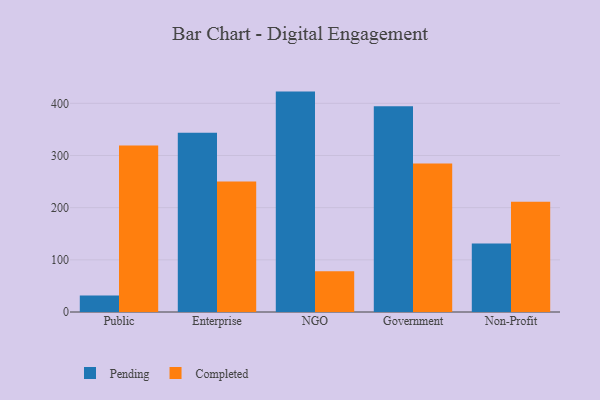
{"axis": {"x": "Segment", "y": "Active Users"}, "legend": ["Completed", "Pending"], "data": [{"x": "Public", "y": 31.6, "type": "Pending"}, {"x": "Public", "y": 319.1, "type": "Completed"}, {"x": "Enterprise", "y": 343.8, "type": "Pending"}, {"x": "Enterprise", "y": 250.3, "type": "Completed"}, {"x": "NGO", "y": 422.5, "type": "Pending"}, {"x": "NGO", "y": 78.3, "type": "Completed"}, {"x": "Government", "y": 394.5, "type": "Pending"}, {"x": "Government", "y": 284.7, "type": "Completed"}, {"x": "Non-Profit", "y": 131.4, "type": "Pending"}, {"x": "Non-Profit", "y": 211.5, "type": "Completed"}]}